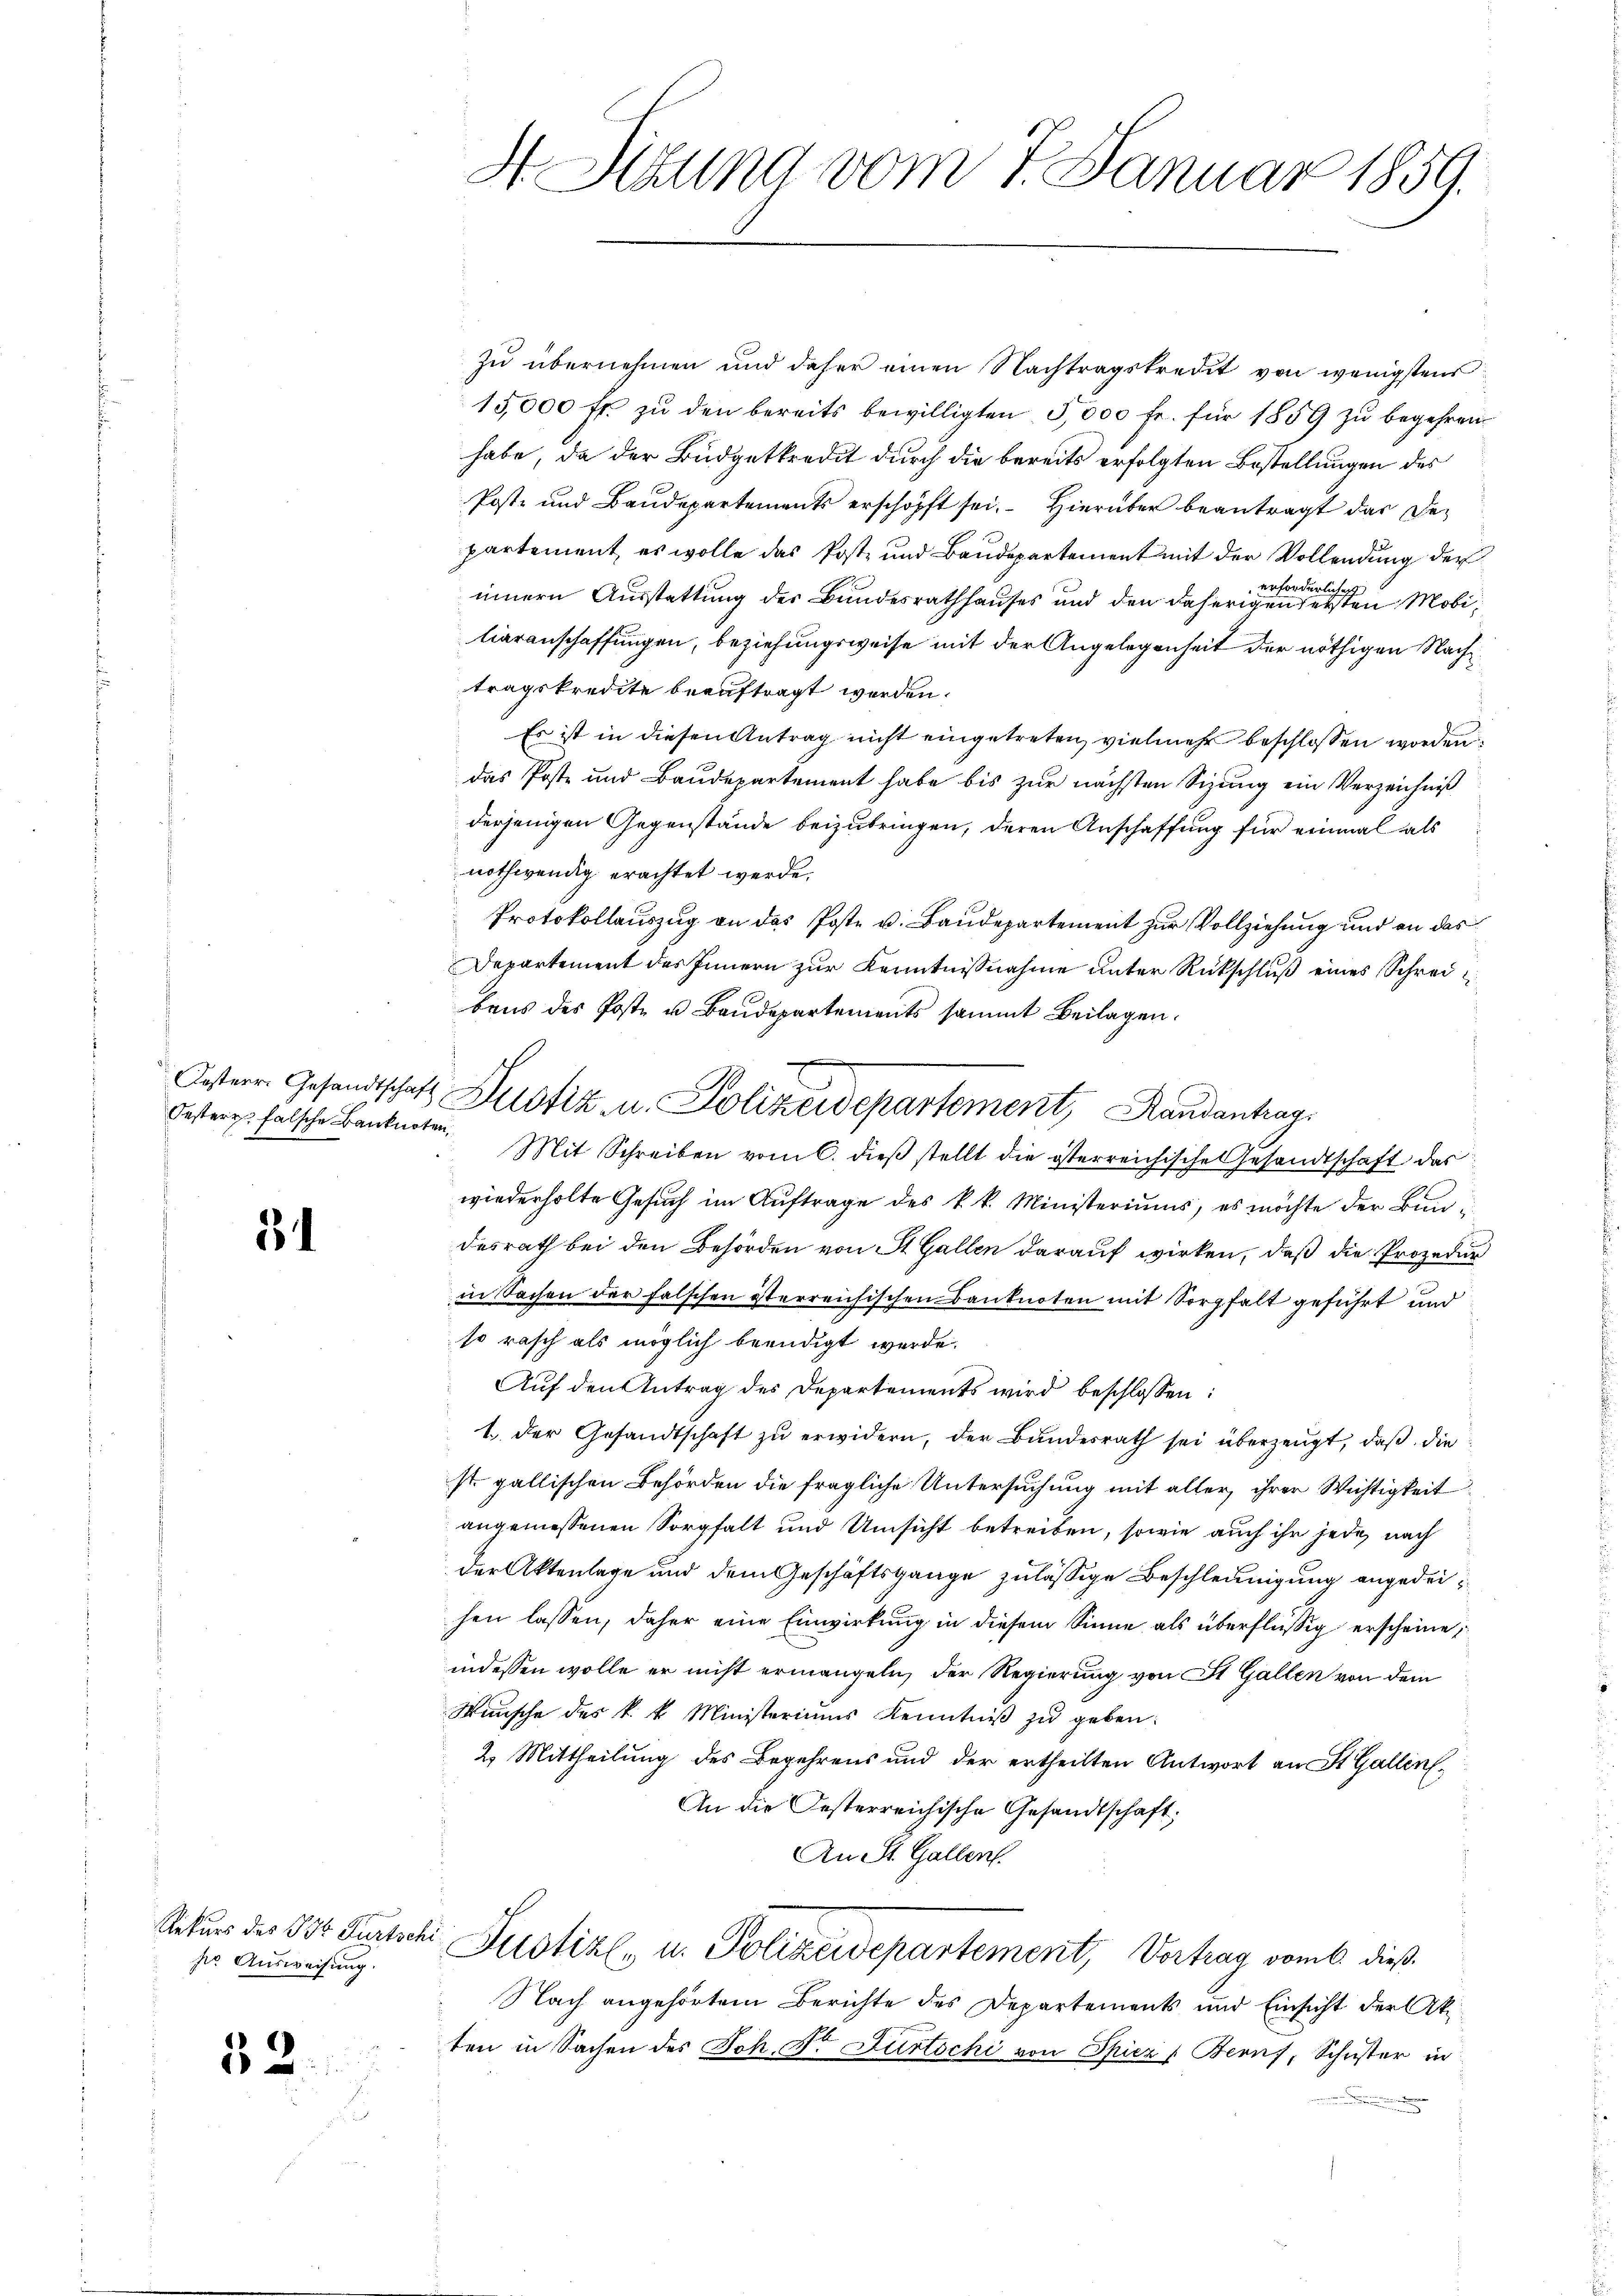
Oester falsche Banknoten,

3

ser Ausweisung.

52.

H Sitzung vom 1. Januar 1859.

zu übernehmen und daher einen Nachtragskredit von wenigstens
15,000 fr. zŭ den bereits bewilligten 5,000 fr. für 1859 zu begehren
habe, da der Büdgetkredit durch die bereits erfolgten Bestellungen des
Poste und Baudepartements erschöpft sei. Hierüber beantragt dar Departement, es wolle das Post- und Baudepartement mit der Vollendung der
erford
8
elin,
innern Ausstattung des Bundesrathhauses und den daherigensetzten Mobihieranschaffungen, beziehungsweise mit der Angelegenheit der nöthigen Nachtragskredite beauftragt werden.
Es ist in diesen Antrag nicht eingetreten, vielmehr beschlossen worden
das Poste und Baudepartement habe bis zur nächsten Sizung ein Verzeichniß
derjenigen Gegenstände beizubringen, deren Anschaffung für einmal als
nothwendig erachtet werde.
Protokollauszug an das Poste u. Baudepartement zur Vollziehung und an das
Departement des Innern zur Kenntnißnahme unter Rückschluß eines Schrei
bens des Poste u Baudepartements sammt Beilagen.
Mit Schreiben vom 6. dieβ stellt die österreichische Gesandtschaft das
wiederholte Gesuch im Auftrage des k. k. Ministeriums, es möchte der Bundesrath bei den Behörden von St. Gallen darauf wirken, daß die Prozedur
in Sachen der falschen isterreichischen Banknoten mit Sorgfalt geführt und
so rasch als möglich beendigt werde.
Auf den Antrag des Departements wird beschlossen:
1. der Gesandtschaft zŭ erwidern, der Bŭndesrath sei überzeugt, daβ die
st. gallischen Behörden die fragliche Untersuchung mit alter, ihrer Wichtigkeit
angemessenen Sorgfalt und Umsicht betreiben, sowie auch ihr jede nach
der Aktenlage und dem Geschäftsgange zulässige Beschleunigung angedeihen lassen, daher eine Einwirkung in diesem Sinne als überflüssig erscheine,
indessen wolle er nicht ermangeln, der Regierung von St. Gallen von dem
Wünsche des k. k. Ministeriums Kenntniß zu geben.
2. Mittheilung des Begehrens und der ertheilten Antwort an St. Gallin¬
An die Oesterreichische Gesandtschaft:
An St. Gallen.
Rekurs des Vor Turtschi Justiz- u. Polizeidepartement, Vertrag von dieß¬
Nach angehörtem Berichte des Departements und Einsicht der Ak
ten in Sachen des Joh. Fr. Dürtschi von Spiez : Berns, Schuster in

Oesterr. Gesandtschaft Zustiz in Polizeidepartement, Handantrag